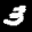
Label: 3